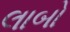
લાબો